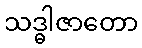
သဒ္ဓါဇာတော